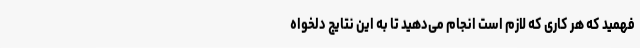
فهمید که هر کاری که لازم است انجام می‌دهید تا به این نتایج دلخواه